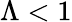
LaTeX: \Lambda<1